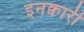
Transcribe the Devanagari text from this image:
इनक्वारी